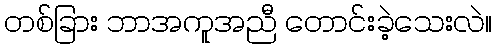
တစ်ခြား ဘာအကူအညီ တောင်းခဲ့သေးလဲ။